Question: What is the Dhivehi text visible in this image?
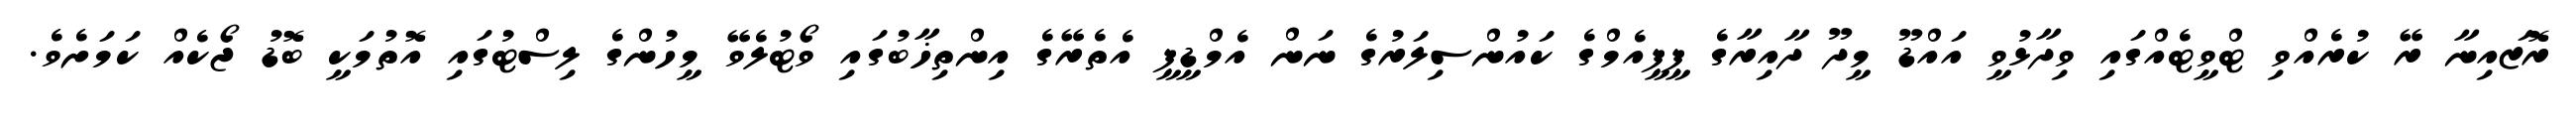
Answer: ރޮޒައިނާ ރޭ ކުރެއްވި ޓްވީޓެއްގައި ވިދާޅުވީ އައްޑޫ މީދޫ ދާއިރާގެ ޕީޕީއެމްގެ ކައުންސިލަރުގެ ނަން އެމްޑީޕީ އެތެރޭގެ އިންތިޚާބުގައި ވޯޓުލެވޭ މީހުންގެ ލިސްޓުގައި އޮތުމަކީ ބޮޑު ޖޯކެއް ކަމަށެވެ.